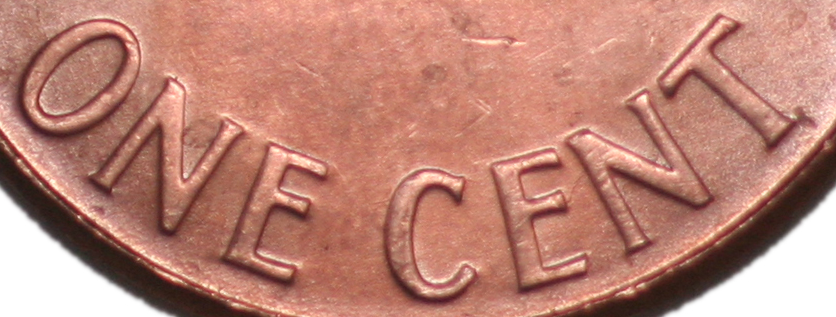
ONE CENT